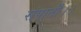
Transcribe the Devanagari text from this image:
संपाती।।